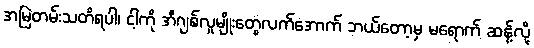
အမြဲတမ်းသတိရပါ၊ ငါ့ကို အီဂျစ်လူမျိုးတွေလက်အောက် ဘယ်တော့မှ မရောက် ဆန့်လို့